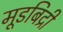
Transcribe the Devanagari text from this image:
मूडबिद्री